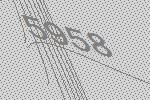
5958